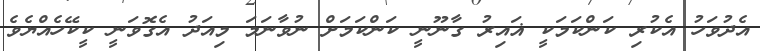
އެދުވަހު އެކުރި ކަންކަމަކީ ޣައިރު ގާނޫނީ ކަންކަމަށް ނުވާނަމަ މިއަދު އެގޮވަނީ ކީކޭހެއްޔެވެ